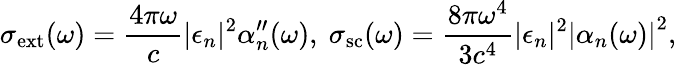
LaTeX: \sigma_{\mathrm{ext}}(\omega)=\frac{4\pi\omega}{c}|\epsilon_{n}|^{2}\alpha_{n}^{\prime\prime}(\omega),~\sigma_{\mathrm{sc}}(\omega)=\frac{8\pi\omega^{4}}{3c^{4}}|\epsilon_{n}|^{2}\left|\alpha_{n}(\omega)\right|^{2},